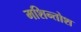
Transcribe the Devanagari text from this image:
मशिन्तोश